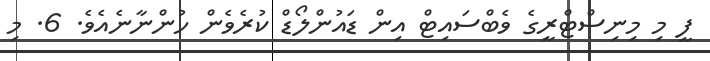
ފީ މި މިނިސްޓްރީގެ ވެބްސައިޓް އިން ޑައުންލޯޑް ކުރެވެން ހުންނާނެއެވެ. 6. މި